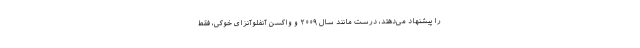
را پیشنهاد می‌دهتد، درست مانند سال ۲۰۰۹ و واکسن آنفلوآنزای خوکی، فقط